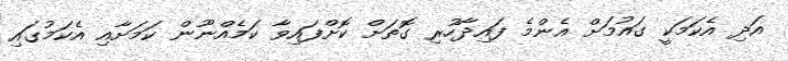
އަދި އެކަމަކީ ގައުމަށް އެންމެ ފައިދާހުރި ގޮތަށް ކޮށްފައިވާ ކަމެއްނޫން ކަމަށާއި އެކަމުގައި